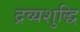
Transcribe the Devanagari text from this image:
द्रव्यशुद्धि